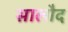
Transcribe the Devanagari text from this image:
सालौद